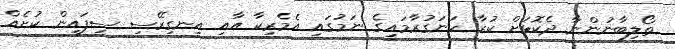
ތޯލިބާނުންނާ ދެކޮޅަށް ކުރާ ހަނަގުރާމައިގެ ނަމުގައި އެމެރިކާ އާއި އިނގިރޭސި ސިފައިން ކުށެއް